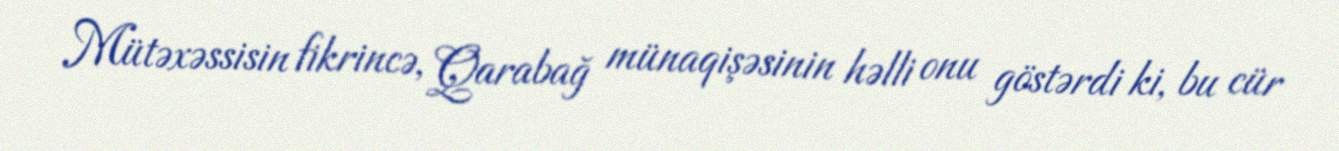
Mütəxəssisin fikrincə, Qarabağ münaqişəsinin həlli onu göstərdi ki, bu cür